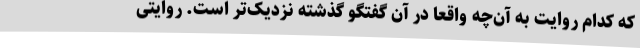
که کدام روایت به آن‌چه واقعاً در آن گفتگو گذشته نزدیک‌تر است. روایتی